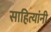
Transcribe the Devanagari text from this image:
साहित्यांनी